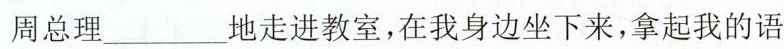
周总理_______地走进教室，在我身边坐下来，拿起我的语